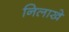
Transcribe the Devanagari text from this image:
निलाखे